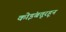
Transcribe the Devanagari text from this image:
कोइंबतूरहून